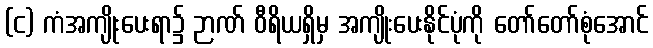
(င) ကံအကျိုးပေးရာ၌ ဉာဏ် ဝီရိယရှိမှ အကျိုးပေးနိုင်ပုံကို တော်တော်စုံအောင်